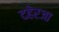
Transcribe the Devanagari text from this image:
दहेरजा